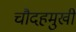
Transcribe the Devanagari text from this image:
चौदहमुखी